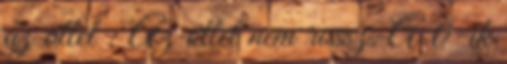
az ötlet : Az ötlet nem rossz. A 0-ik